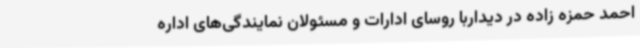
احمد حمزه زاده در دیداربا روسای ادارات و مسئولان نمایندگی‌های اداره